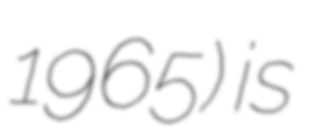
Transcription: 1965) is